Civil Veterinary Dept. Assam report 1927-50 - 1927-1950
Year: 1927
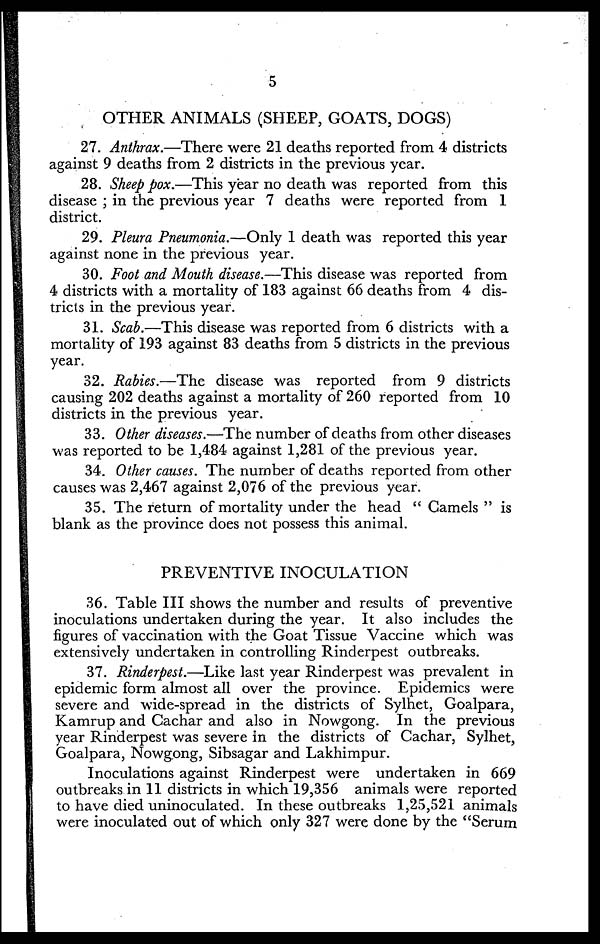
5
OTHER ANIMALS (SHEEP, GOATS, DOGS)
27. Anthrax.—There were 21 deaths reported from 4 districts
against 9 deaths from 2 districts in the previous year.
28. Sheep pox.—This year no death was reported from this
disease ; in the previous year 7 deaths were reported from 1
district.
29. Pleura Pneumonia.—Only 1 death was reported this year
against none in the previous year.
30. Foot and Mouth disease.—This disease was reported from
4 districts with a mortality of 183 against 66 deaths from 4 dis-
tricts in the previous year.
31. Scab.—This disease was reported from 6 districts with a
mortality of 193 against 83 deaths from 5 districts in the previous
year.
32. Rabies.—The disease was reported from 9 districts
causing 202 deaths against a mortality of 260 reported from 10
districts in the previous year.
33. Other diseases.—The number of deaths from other diseases
was reported to be 1,484 against 1,281 of the previous year.
34. Other causes. The number of deaths reported from other
causes was 2,467 against 2,076 of the previous year.
35. The return of mortality under the head " Camels " is
blank as the province does not possess this animal.
PREVENTIVE INOCULATION
36. Table III shows the number and results of preventive
inoculations undertaken during the year. It also includes the
figures of vaccination with the Goat Tissue Vaccine which was
extensively undertaken in controlling Rinderpest outbreaks.
37. Rinderpest.—Like last year Rinderpest was prevalent in
epidemic form almost all over the province. Epidemics were
severe and wide-spread in the districts of Sylhet, Goalpara,
Kamrup and Cachar and also in Nowgong. In the previous
year Rinderpest was severe in the districts of Cachar, Sylhet,
Goalpara, Nowgong, Sibsagar and Lakhimpur.
Inoculations against Rinderpest were undertaken in 669
outbreaks in 11 districts in which 19,356 animals were reported
to have died uninoculated. In these outbreaks 1,25,521 animals
were inoculated out of which only 327 were done by the "Serum